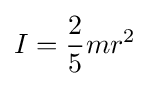
I={\frac {2}{5}}mr^{2}\,\!